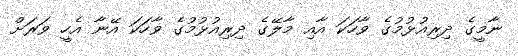
ނާމީގެ ދިރިއުޅުމުގެ ވާހަކަ އާއި މާލޭގެ ދިރިއުޅުމުގެ ވާހަކަ އޭނާ އެހީ ވަރަށް